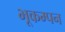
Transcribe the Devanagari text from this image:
भूकम्पन